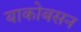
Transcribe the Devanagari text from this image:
याकोबसन